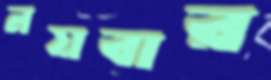
নয়বার